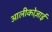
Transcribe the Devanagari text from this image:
आलीकोज़ाई